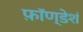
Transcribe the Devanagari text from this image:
फ़ॉण्डेशं